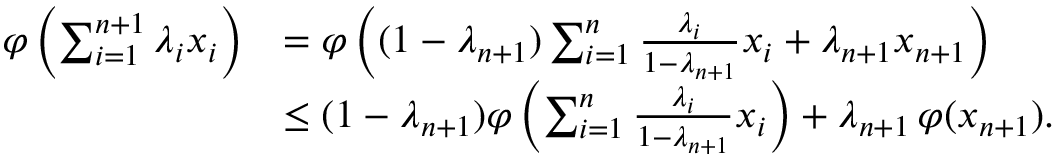
{ \begin{array} { r l } { \varphi \left( \sum _ { i = 1 } ^ { n + 1 } \lambda _ { i } x _ { i } \right) } & { = \varphi \left( ( 1 - \lambda _ { n + 1 } ) \sum _ { i = 1 } ^ { n } { \frac { \lambda _ { i } } { 1 - \lambda _ { n + 1 } } } x _ { i } + \lambda _ { n + 1 } x _ { n + 1 } \right) } \\ & { \leq ( 1 - \lambda _ { n + 1 } ) \varphi \left( \sum _ { i = 1 } ^ { n } { \frac { \lambda _ { i } } { 1 - \lambda _ { n + 1 } } } x _ { i } \right) + \lambda _ { n + 1 } \, \varphi ( x _ { n + 1 } ) . } \end{array} }